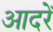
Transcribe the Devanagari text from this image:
आदरें